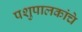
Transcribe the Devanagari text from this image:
पशुपालकांचे